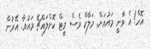
އޮހް! އެ ވާނީ މައުއަށް. މަލާކް ވެސް މީޓް ކޮށްލައްޗޭ މައުއާ. އޭރުން